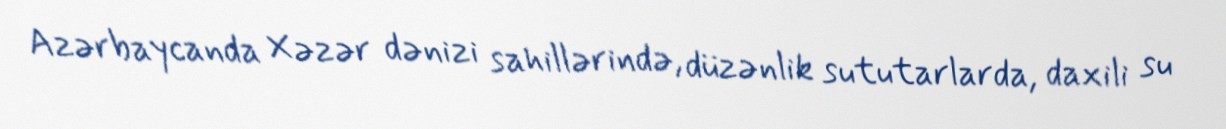
Azərbaycanda Xəzər dənizi sahillərində, düzənlik sututarlarda, daxili su